Annual report on the mental hospital in the Central Provinces and Berar (Nagpur) - 1927-1951
Year: 1927
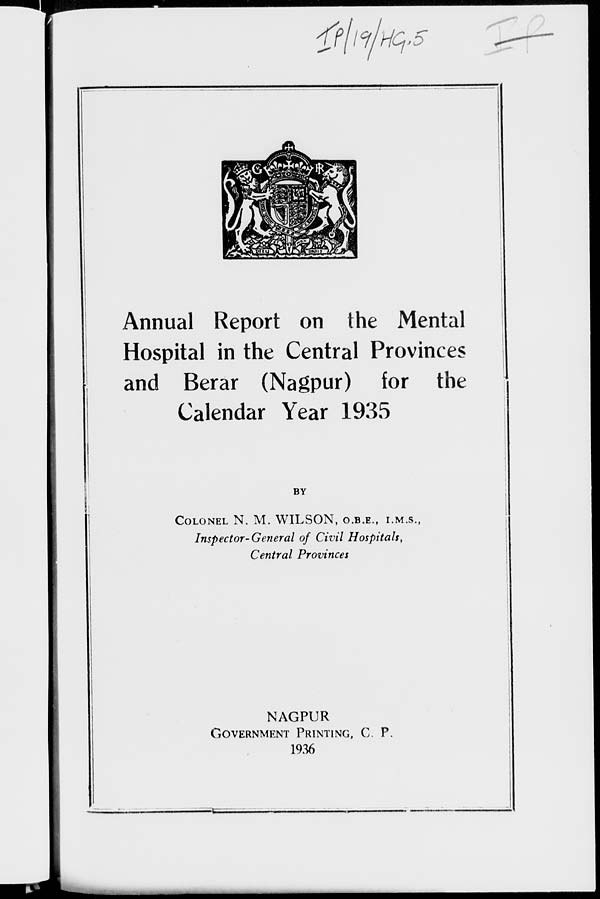
Annual Report on the Mental
Hospital in the Central Provinces
and Berar (Nagpur) for the
Calendar Year 1935
BY
COLONEL N. M. WILSON, O.B.E., I.M.S.,
Inspector-General of Civil Hospitals,
Central Provinces
NAGPUR
GOVERNMENT PRINTING, C. P.
1936